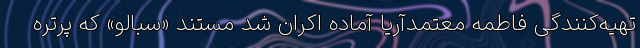
تهیه‌کنندگی فاطمه معتمدآریا آماده اکران شد مستند «سبالو» که پرتره